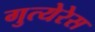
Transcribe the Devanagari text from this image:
गुत्येरेस